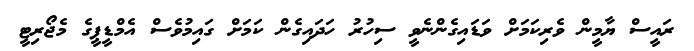
ރައީސް ޔާމީން ވެރިކަމަށް ވަޑައިގެންނެވީ ސިހުރު ހަދައިގެން ކަމަށް ގައިމުވެސް އެމްޑީޕީގެ މެޖޯރިޓީ